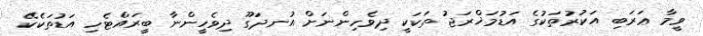
ވީމާ ޢަރަބި އަކުރުތަކުގެ އަޑުމަޚްރަޖު ތަކަކީ ދިވެހިންނަށް އުނދަގޫ ދިވެހީންނާ ބީރައްޓެހި އަޑުތަކެކޭ